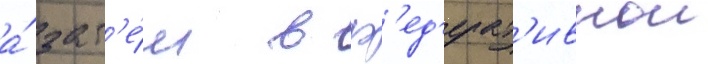
а́ зат'е́м в ф'ед'ерат'ивнои